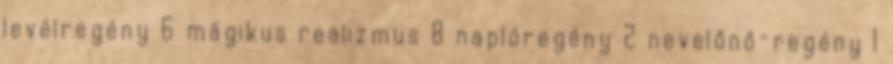
levélregény 6 mágikus realizmus 8 naplóregény 2 nevelőnő-regény 1